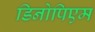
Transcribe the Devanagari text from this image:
डिनोपिएम